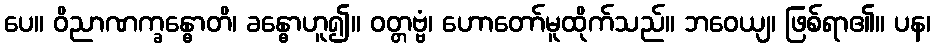
ပေ။ ဝိညာဏက္ခန္ဓောတိ၊ ခန္ဓောဟူ၍။ ဝတ္တဗ္ဗံ၊ ဟောတော်မူထိုက်သည်။ ဘဝေယျ၊ ဖြစ်ရာ၏။ ပန၊